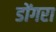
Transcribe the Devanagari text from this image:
डोंगरा